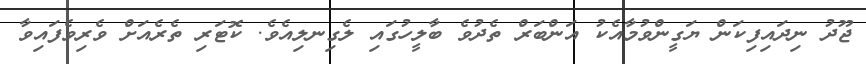
ޖޫދު ނިދައިފިކަން ޔަގީންވުމާއެކު އަންބަރް ތެދުވެ ބާލީހުގައި ލެގިނލިއެވެ. ކޮޓަރި ތެރެއަށް ވެރިވެފައިވާ